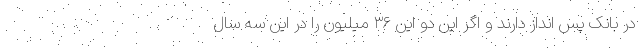
در بانک پس انداز دارند و اگر این دو این ۳۶ میلیون را در این سه سال